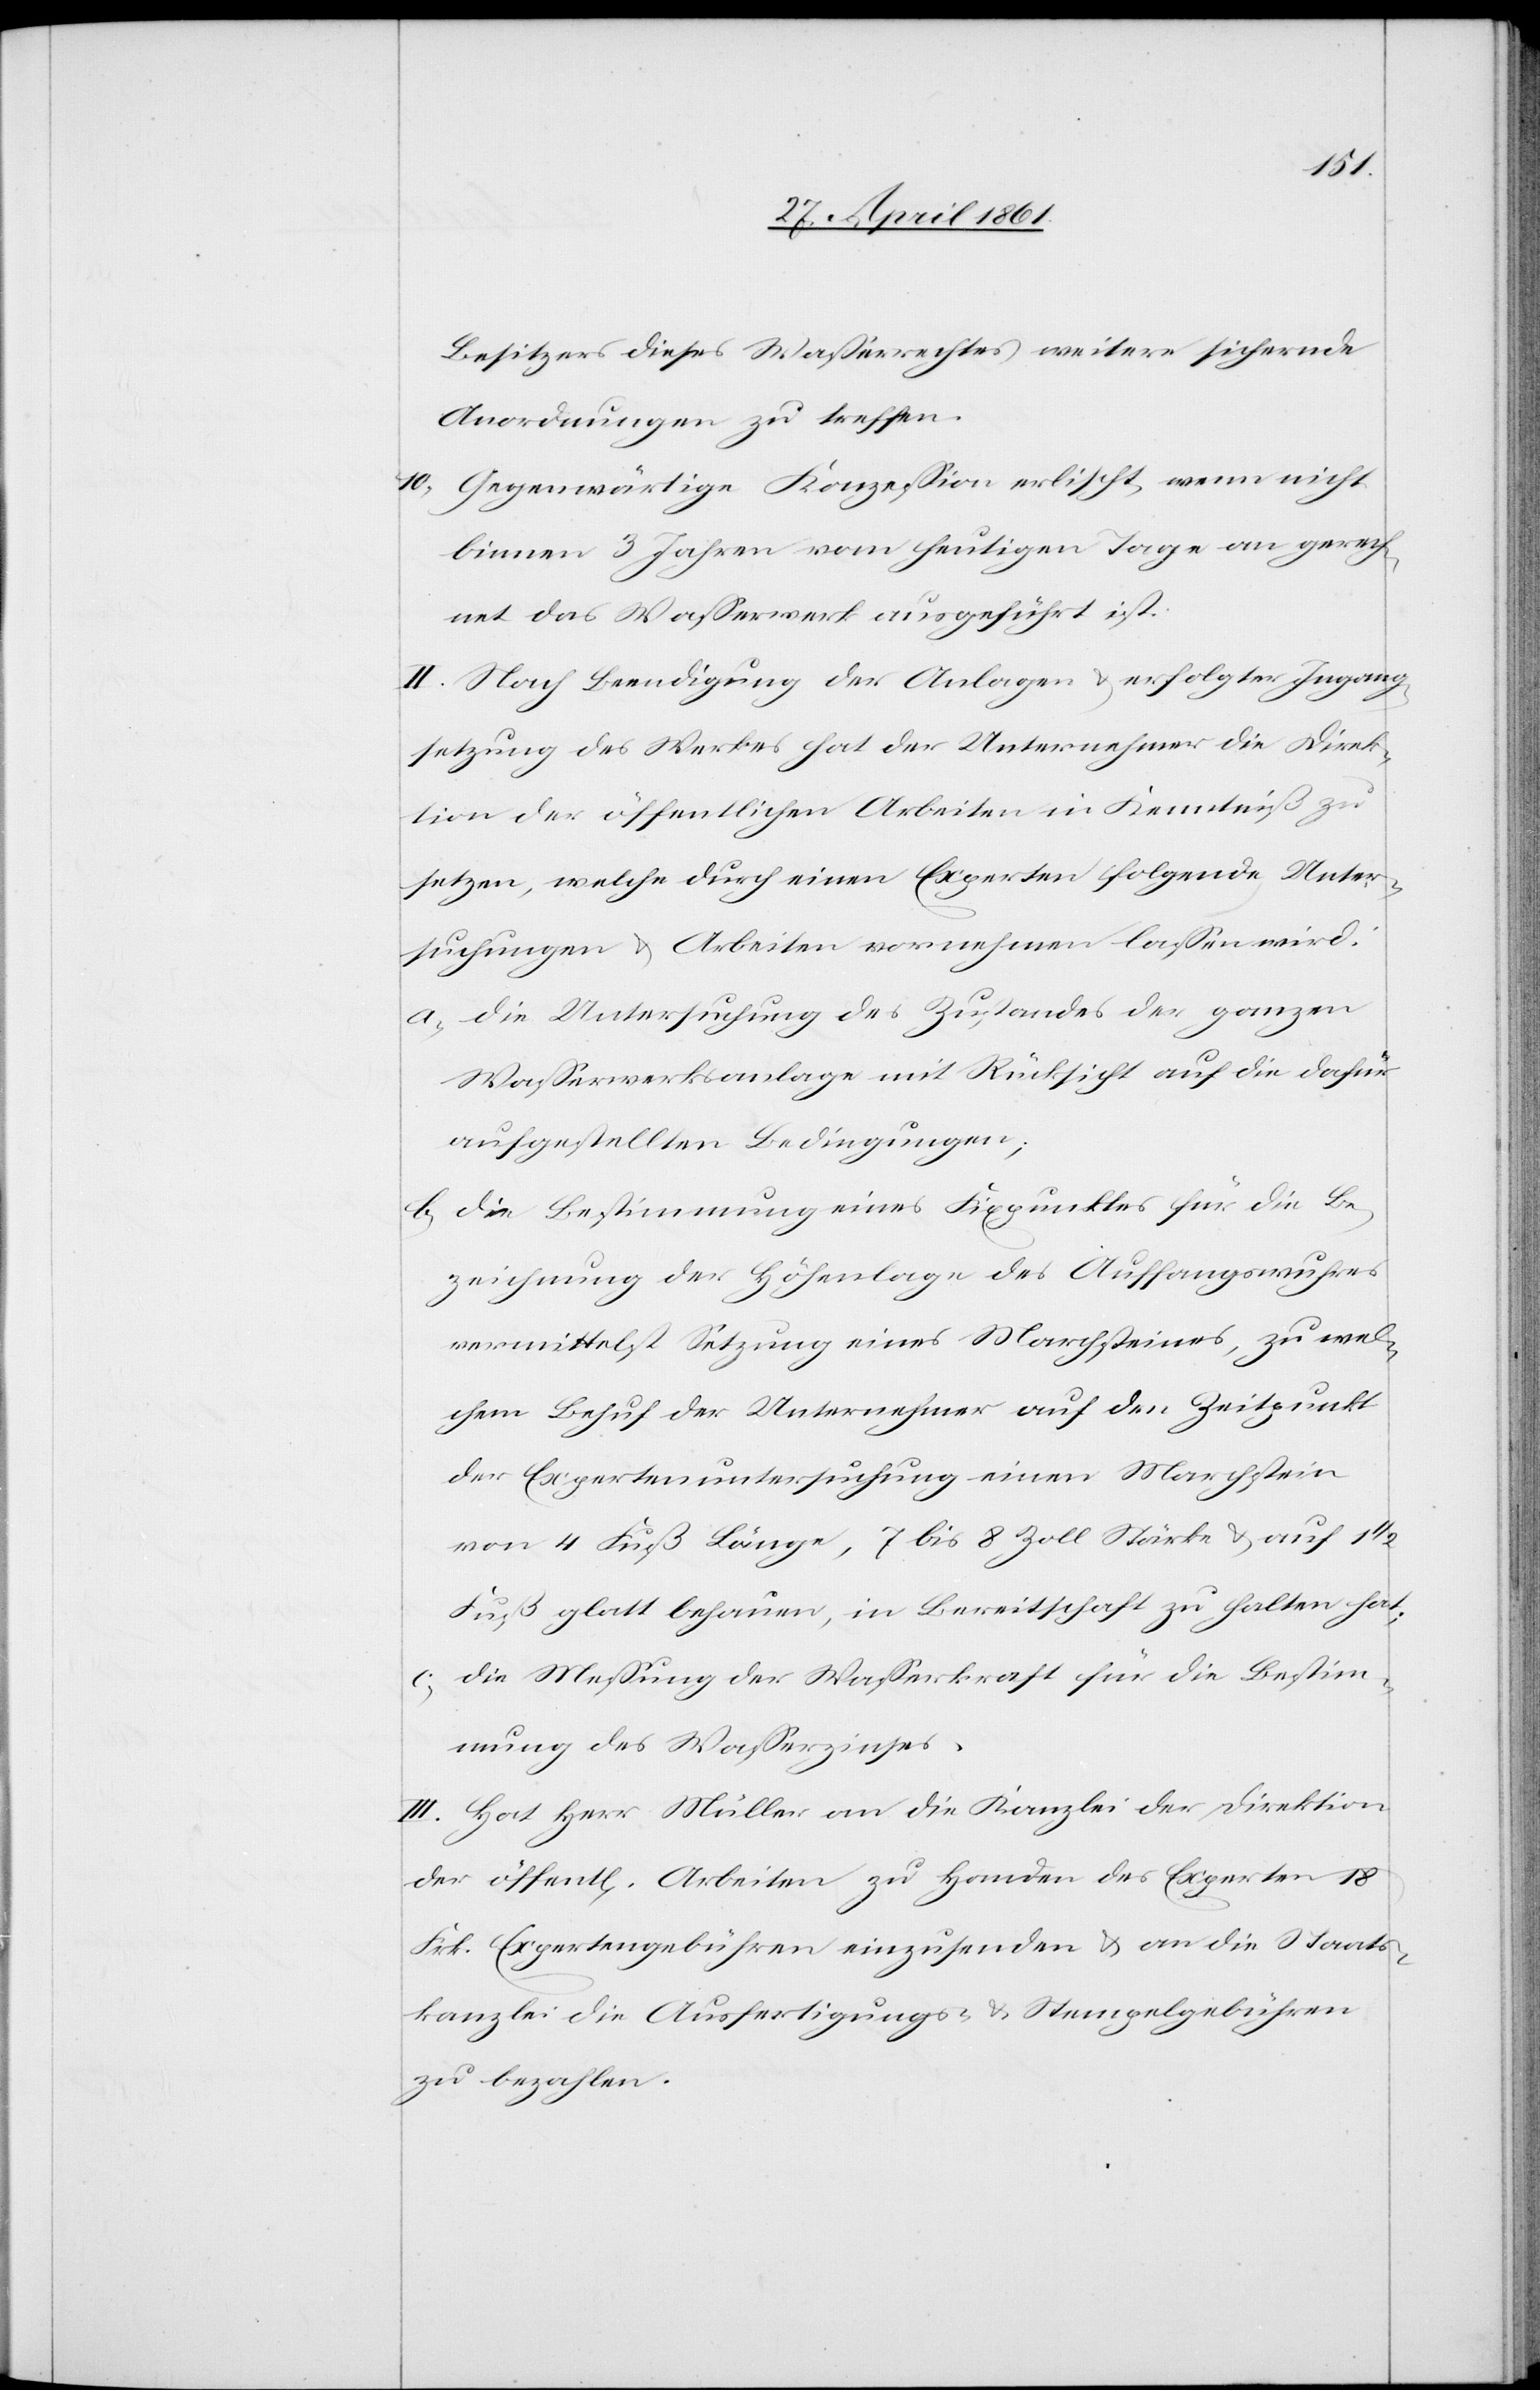
Besitzers dieses Wasserrechtes weitere sichernde
Anordnungen zu treffen.
10. Gegenwärtige Konzession erlischt, wenn nicht
binnen 3 Jahren vom heutigen Tage an gerech¬
net das Wasserwerk ausgeführt ist.
II. Nach Beendigung der Anlagen u. erfolgter Ingang¬
setzung des Werkes hat der Unternehmer die Direk¬
tion der öffentlichen Arbeiten in Kenntniß zu
setzen, welche durch einen Experten folgende Unter¬
suchungen u. Arbeiten vornehmen lassen wird.
a. Die Untersuchung des Zustandes der ganzen
Wasserwerksanlage mit Rücksicht auf die dafür
aufgestellten Bedingungen;
b. die Bestimmung eines Fixpunktes für die Be¬
zeichnung der Höhenlage des Auffangswuhres
vermittelst Setzung eines Marchsteines, zu wel¬
chem Behuf der Unternehmer auf den Zeitpunkt
der Expertenuntersuchung einen Marchstein
von 4 Fuß Länge, 7 bis 8 Zoll Stärke u. auf 1
Fuß glatt behauen, in Bereitschaft zu halten hat;
c. die Messung der Wasserkraft für die Bestim¬
mung des Wasserzinses.
III. Hat Herr Müller an die Kanzlei die Direktion
der öffent[lichen] Arbeiten zu Handen des Experten 18
Frk. Expertengebühren einzusenden u. an die Staats¬
kanzlei die Ausfertigungs- u. Stempelgebühren
zu bezahlen.